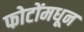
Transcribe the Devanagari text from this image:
फोटोंमधून